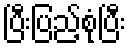
ပြီးပြည့်စုံပြီး